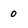
Character: 0